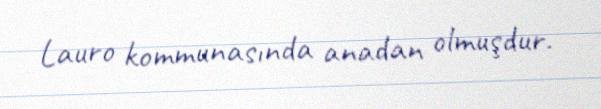
Lauro kommunasında anadan olmuşdur.